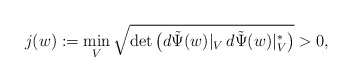
\begin{align*} j(w):=\min_V \sqrt{\det\big( d\tilde\Psi(w)|_V\, d\tilde\Psi(w)|_V^*\big) }>0,\end{align*}